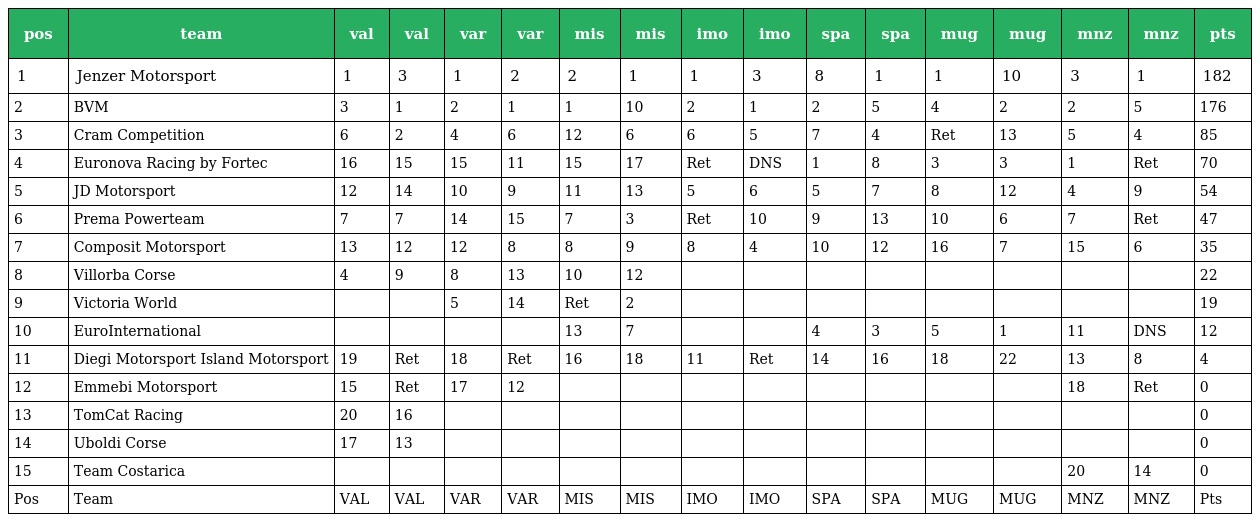
| pos | team | val | val | var | var | mis | mis | imo | imo | spa | spa | mug | mug | mnz | mnz | pts |
 | --- | --- | --- | --- | --- | --- | --- | --- | --- | --- | --- | --- | --- | --- | --- | --- | --- |
 | 1 | Jenzer Motorsport | 1 | 3 | 1 | 2 | 2 | 1 | 1 | 3 | 8 | 1 | 1 | 10 | 3 | 1 | 182 |
 | 2 | BVM | 3 | 1 | 2 | 1 | 1 | 10 | 2 | 1 | 2 | 5 | 4 | 2 | 2 | 5 | 176 |
 | 3 | Cram Competition | 6 | 2 | 4 | 6 | 12 | 6 | 6 | 5 | 7 | 4 | Ret | 13 | 5 | 4 | 85 |
 | 4 | Euronova Racing by Fortec | 16 | 15 | 15 | 11 | 15 | 17 | Ret | DNS | 1 | 8 | 3 | 3 | 1 | Ret | 70 |
 | 5 | JD Motorsport | 12 | 14 | 10 | 9 | 11 | 13 | 5 | 6 | 5 | 7 | 8 | 12 | 4 | 9 | 54 |
 | 6 | Prema Powerteam | 7 | 7 | 14 | 15 | 7 | 3 | Ret | 10 | 9 | 13 | 10 | 6 | 7 | Ret | 47 |
 | 7 | Composit Motorsport | 13 | 12 | 12 | 8 | 8 | 9 | 8 | 4 | 10 | 12 | 16 | 7 | 15 | 6 | 35 |
 | 8 | Villorba Corse | 4 | 9 | 8 | 13 | 10 | 12 |  |  |  |  |  |  |  |  | 22 |
 | 9 | Victoria World |  |  | 5 | 14 | Ret | 2 |  |  |  |  |  |  |  |  | 19 |
 | 10 | EuroInternational |  |  |  |  | 13 | 7 |  |  | 4 | 3 | 5 | 1 | 11 | DNS | 12 |
 | 11 | Diegi Motorsport Island Motorsport | 19 | Ret | 18 | Ret | 16 | 18 | 11 | Ret | 14 | 16 | 18 | 22 | 13 | 8 | 4 |
 | 12 | Emmebi Motorsport | 15 | Ret | 17 | 12 |  |  |  |  |  |  |  |  | 18 | Ret | 0 |
 | 13 | TomCat Racing | 20 | 16 |  |  |  |  |  |  |  |  |  |  |  |  | 0 |
 | 14 | Uboldi Corse | 17 | 13 |  |  |  |  |  |  |  |  |  |  |  |  | 0 |
 | 15 | Team Costarica |  |  |  |  |  |  |  |  |  |  |  |  | 20 | 14 | 0 |
 | Pos | Team | VAL | VAL | VAR | VAR | MIS | MIS | IMO | IMO | SPA | SPA | MUG | MUG | MNZ | MNZ | Pts |